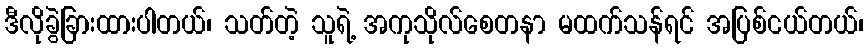
ဒီလိုခွဲခြားထားပါတယ်၊ သတ်တဲ့ သူရဲ့ အကုသိုလ်စေတနာ မထက်သန်ရင် အပြစ်ငယ်တယ်၊